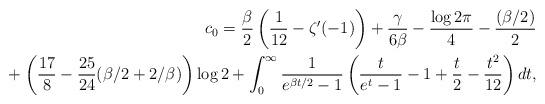
LaTeX: \begin{align*}c_0 = \frac{\beta}{2}\left(\frac{1}{12} - \zeta'(-1) \right) + \frac{\gamma}{6\beta} -\frac{\log2\pi}{4} - \frac{(\beta/2)}{2} \\\hphantom{c_0 =}{} +\left(\frac{17}{8} - \frac{25}{24} (\beta/2 + 2/\beta )\right)\log 2 +\int_{0}^{\infty}\frac{1}{e^{\beta t/2} - 1} \left(\frac{t}{e^t - 1} -1 +\frac{t}{2} -\frac{t^2}{12}\right)dt, \end{align*}